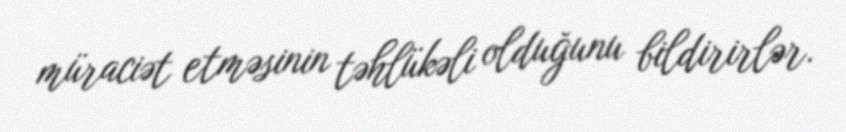
müraciət etməsinin təhlükəli olduğunu bildirirlər.